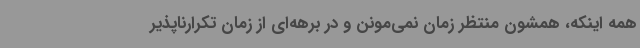
همه اینکه، همشون منتظر زمان نمی‌مونن و در برهه‌ای از زمان تکرارناپذیر